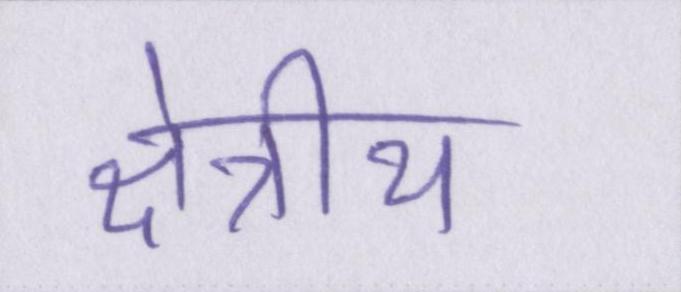
क्षेत्रीय